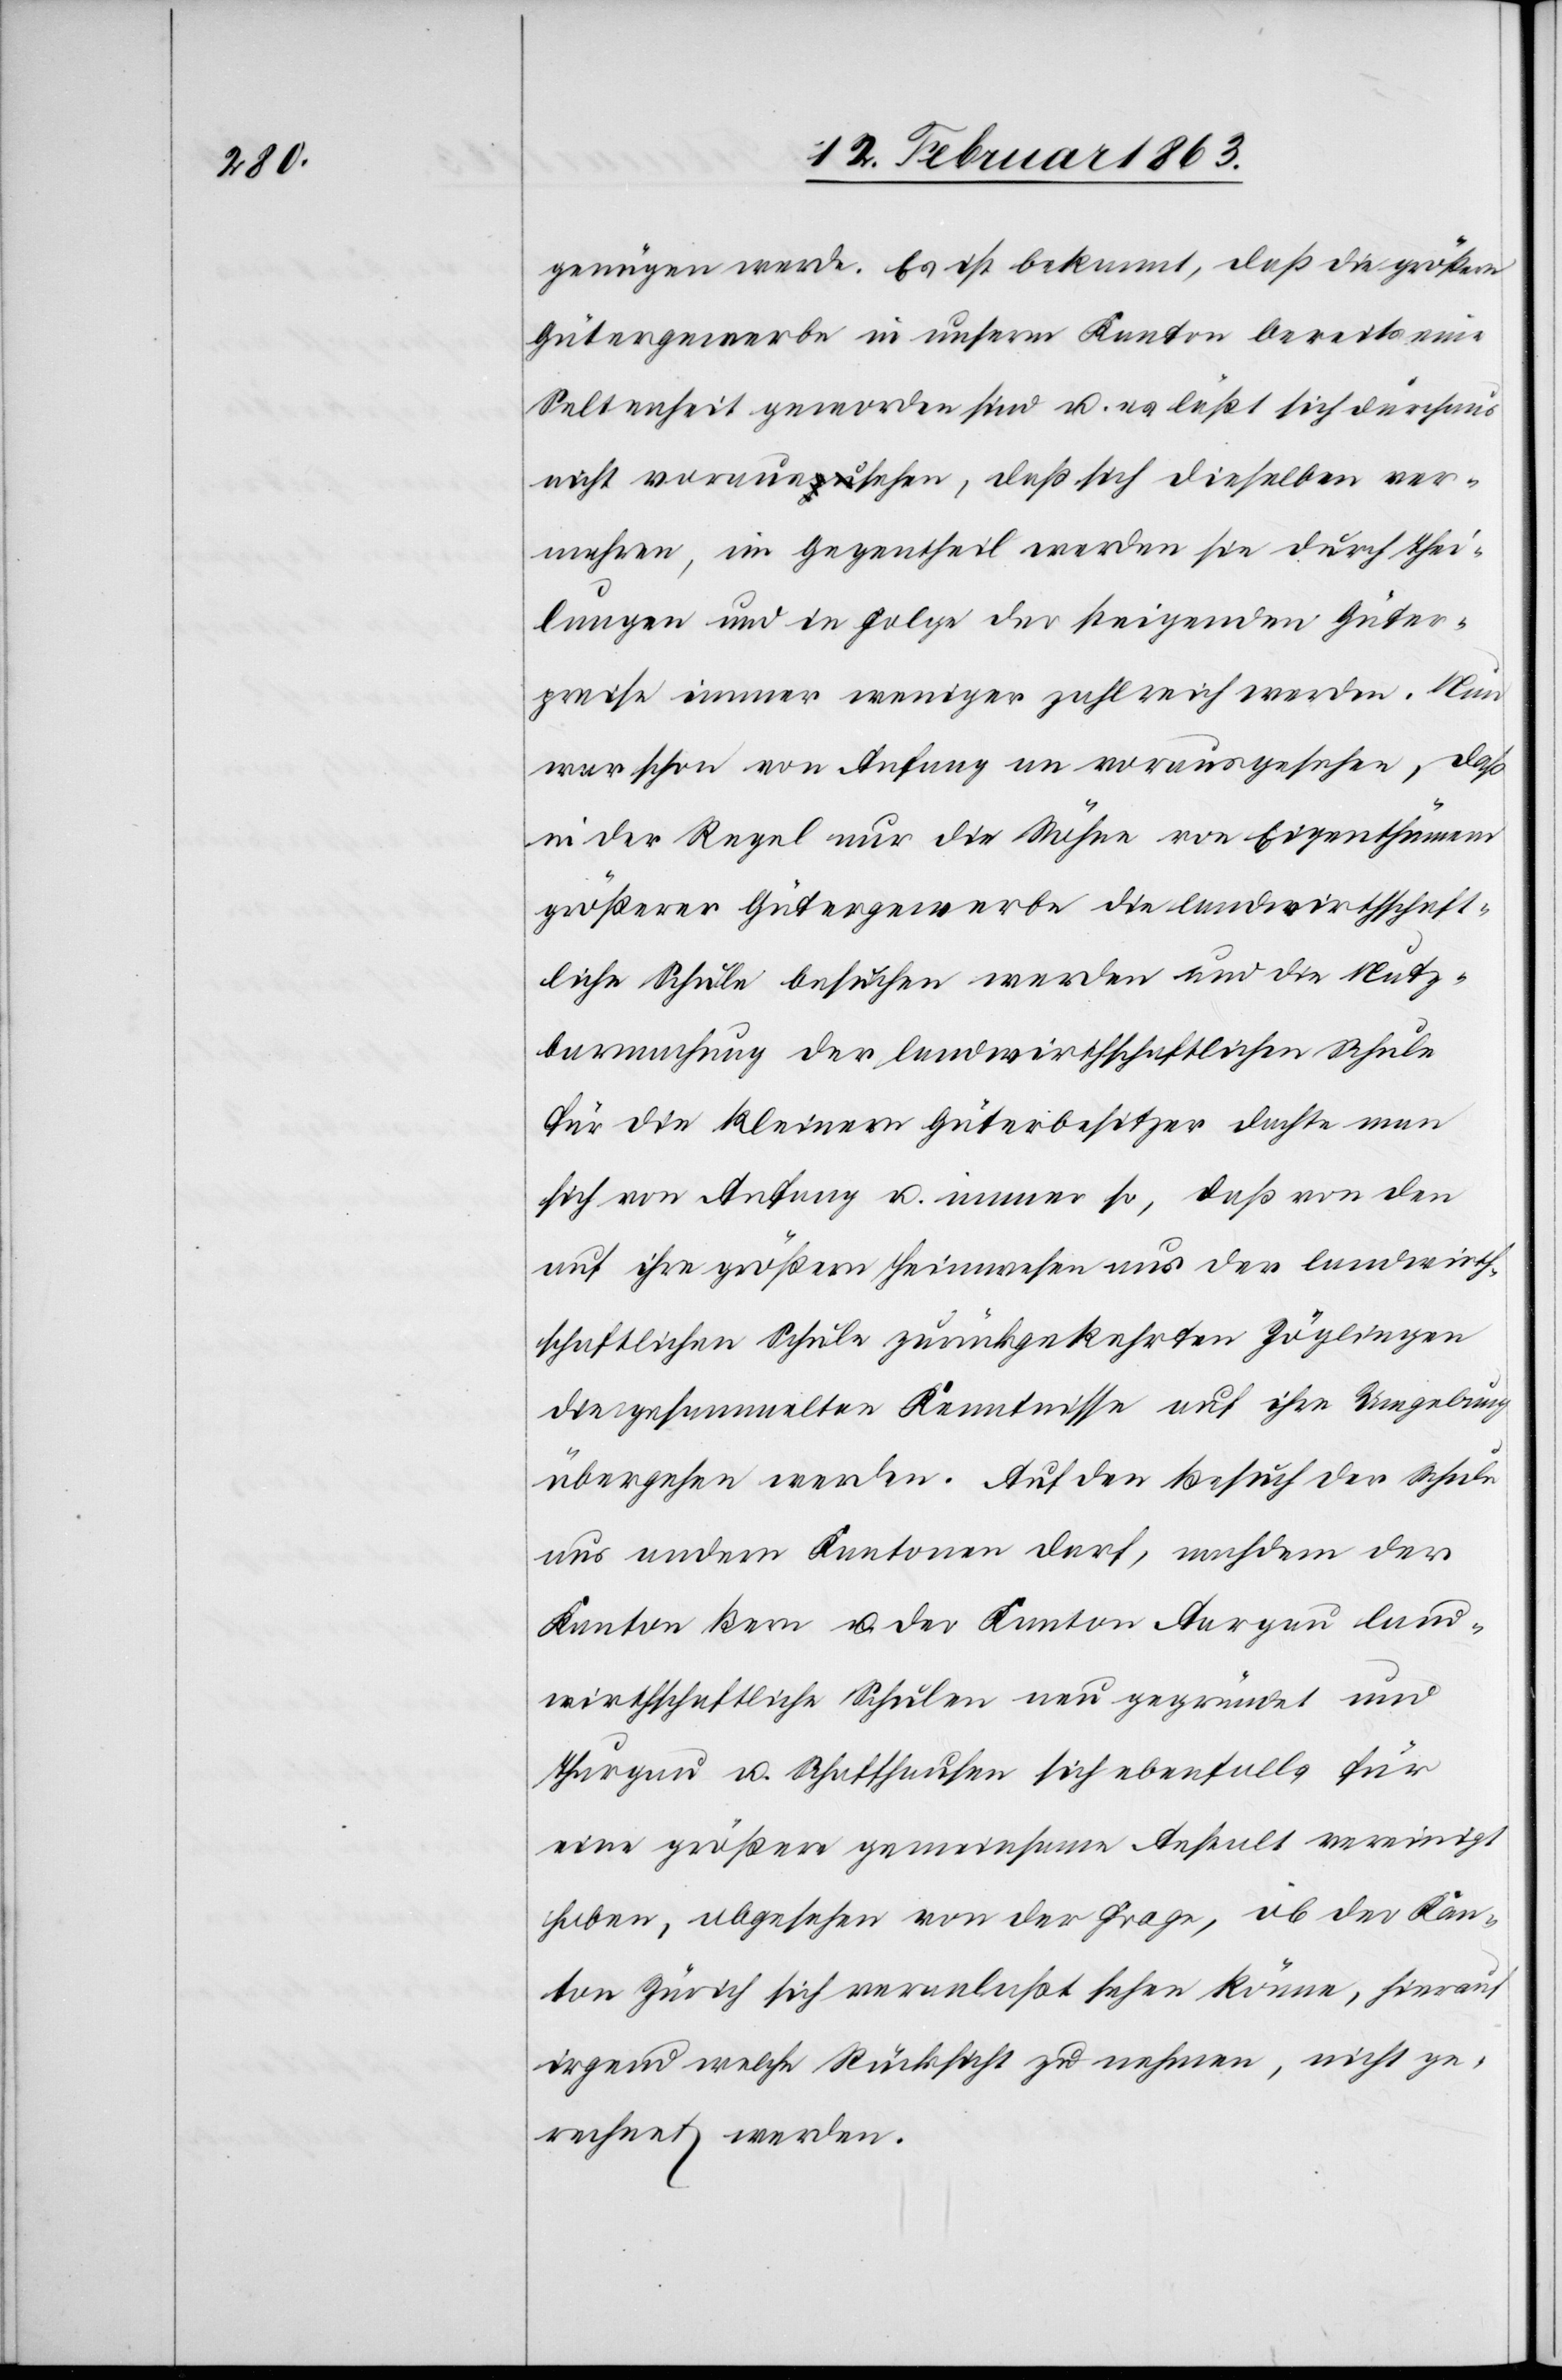
genügen werde. Es ist bekannt, daß die größern
Gütergewerbe in unserm Kanton bereits eine
Seltenheit geworden sind u. es läßt sich durchaus
nicht voraussehen, daß sich dieselben ver¬
mehren, im Gegentheil werde sie durch Thei¬
lungen und in Folge der steigenden Güter¬
preise immer weniger zahlreich werden. Nun
war schon von Anfang an vorausgesehen, daß
in der Regel nur die Söhne von Eigenthümern
größerer Gütergewerbe die landwirthschaft¬
liche Schule besuchen werden und die Nutz¬
barmachung der landwirthschaftlichen Schule
für die kleinern Güterbesitzer dachte man
sich von Anfang u. immer so, daß von den
auf ihre größern Heimwesen aus der landwirth¬
schaftlichen Schule zurückgekehrten Zöglingen
die gesammelten Kenntnisse auf ihre Umgebung
übergehen werden. Auf den Besuch der Schule
aus andern Kantonen darf, nachdem der
Kanton Bern u. der Kanton Aargau land¬
wirthschaftliche Schulen neu gegründet und
Thurgau u. Schaffhausen sich ebenfalls für
eine größere gemeinsame Anstalt vereinigt
haben, abgesehen von der Frage, ob der Kan¬
ton Zürich sich veranlaßt sehen könne, hierauf
irgend welche Rücksicht zu nehmen, nicht ge¬
rechnet werden.